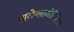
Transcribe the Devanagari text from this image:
न्युरोग्लाकोपिनिया